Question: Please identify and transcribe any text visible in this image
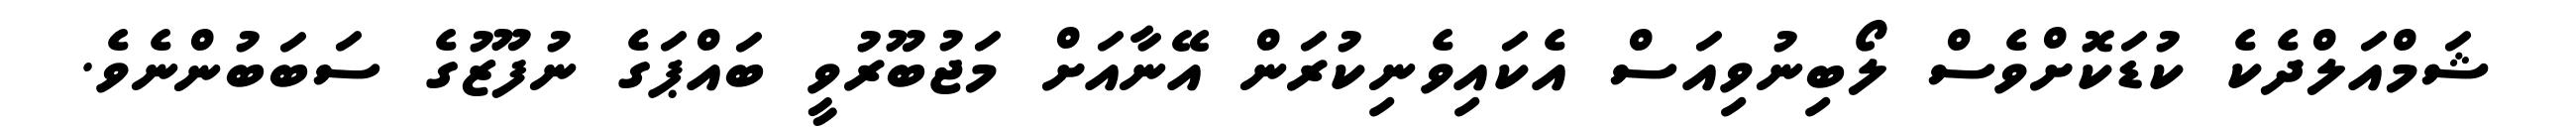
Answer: ޝަމްއަލްދެކެ ކުޑަކޮށްވެސް ލޯބިނުވިއަސް އެކައިވެނިކުރަން އޭނާއަށް މަޖުބޫރުވީ ބައްޕަގެ ނުފޫޒުގެ ސަބަބުންނެވެ.